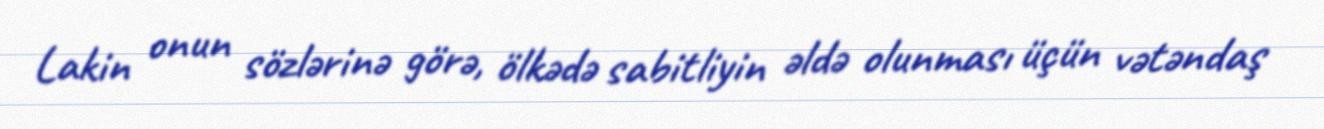
Lakin onun sözlərinə görə, ölkədə sabitliyin əldə olunması üçün vətəndaş